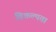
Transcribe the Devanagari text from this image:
विकल्पता